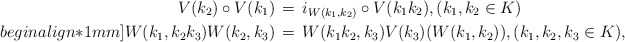
\begin{align*}V(k_2) \circ V(k_1) \,& = \, i_{W(k_1, k_2)}\circ V(k_1 k_2),(k_1, k_2 \in K) \\begin{align*}1mm]W(k_1, k_2k_3) W(k_2, k_3) \,& = \, W(k_1k_2, k_3) V(k_3)(W(k_1, k_2)),(k_1, k_2, k_3 \in K), \end{align*}